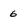
Character: 6